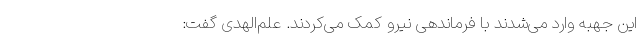
این جهبه وارد می‌شدند با فرماندهی نیرو کمک می‌کردند. علم‌الهدی گفت: